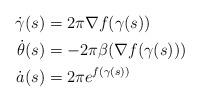
LaTeX: \begin{align*}\dot\gamma(s)&=2\pi \nabla f(\gamma(s)) \\\dot\theta(s)&=-2\pi \beta(\nabla f(\gamma(s))) \\\dot a(s)&=2\pi e^{f(\gamma(s))} \end{align*}